Leaving Certificate Examination, 1910
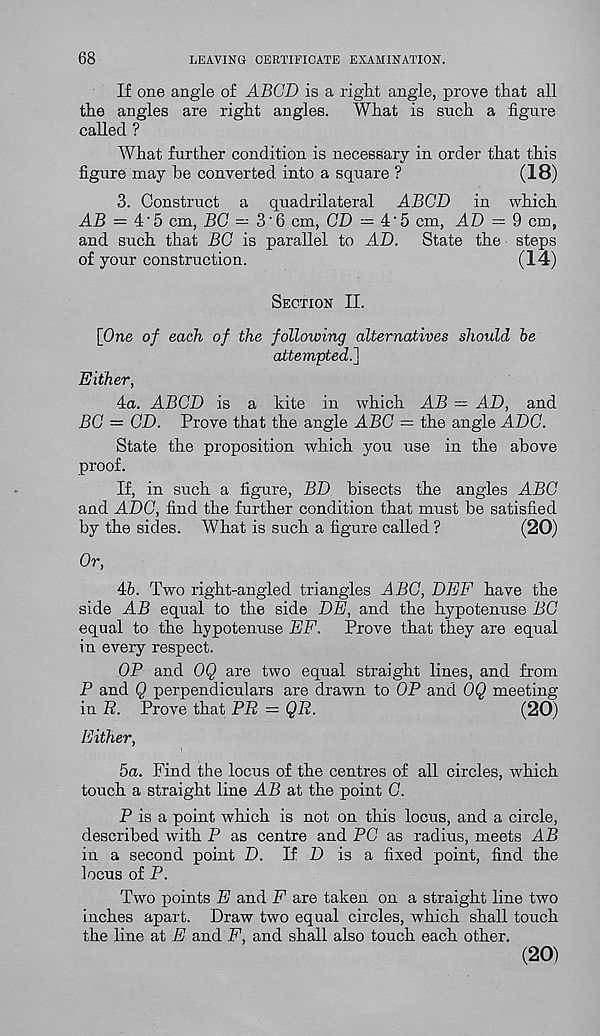
68
LEAVING CERTIFICATE EXAMINATION.
If one angle of ABGD is a right angle, prove that all
the angles are right angles.
What is such a figure
called ?
What further condition is necessary in order that this
figure may he converted into a square ?
(18)
3. Construct a quadrilateral ABGD in which
AB = 4‘5 cm, BG — 3'6 cm, CD — 4:'5 cm, AD = 9 cm,
and such that BG is parallel to AD.
State the steps
of your construction.
(14)
Section II.
[One of each of the following alternatives should be
attempted.}
Either,
4a. ABGD is a kite in which AB
AD, and
BG = GD. Prove that the angle ABC — the angle ADC.
State the proposition which you use in the above
proof.
If, in such a figure, BD bisects the angles ABC
and ADG, find the further condition that must be satisfied
by the sides. What is such a figure called ?
(20)
Or,
46. Two right-angled triangles ABO, DEF have the
side AB equal to the side DE, and the hypotenuse BG
equal to the hypotenuse EF. Prove that they are equal
in eveiy respect.
OP and OQ are two equal straight lines, and from
P and Q perpendiculars are drawn to OP and OQ meeting
in P. Prove that PP = QR.
(20)
Either,
5a. Find the locus of the centres of all circles, which
touch a straight line J.P at the point G.
P is a point which is not on this locus, and a circle,
described with P as centre and PC as radius, meets AB
in a second point D. If Z) is a fixed point, find the
locus of P.
Two points E and F are taken on a straight line two
inches apart. Draw two equal circles, which shall touch
the line at E and F, and shall also touch each other.
(20)